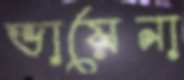
ভায়েনা